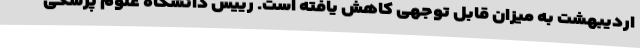
اردیبهشت به میزان قابل توجهی کاهش یافته است. رییس دانشگاه علوم پزشکی